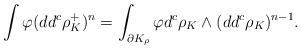
LaTeX: \begin{align*} \int\varphi (dd^c\rho_K^+)^n=\int_{\partial K_{\rho}}\varphi d^c\rho_K\wedge(dd^c\rho_K)^{n-1}.\end{align*}